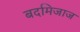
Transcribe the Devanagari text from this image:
बदमिजाज